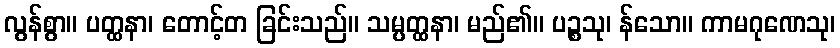
လွန်စွာ။ ပတ္ထနာ၊ တောင့်တ ခြင်းသည်။ သမ္ပတ္ထနာ၊ မည်၏။ ပဉ္စသု၊ န်သော။ ကာမဂုဏေသု၊